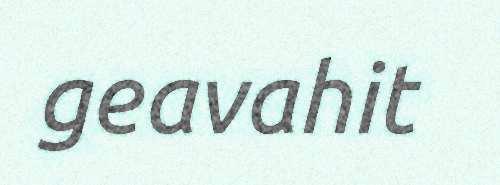
geavahit